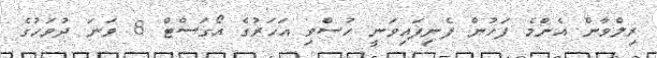
ރިލްވާން އެންމެ ފަހުން ފެނިފައިވަނީ ހުސްވި އަހަރުގެ އޯގަސްޓް 8 ވަނަ ދުވަހުގެ